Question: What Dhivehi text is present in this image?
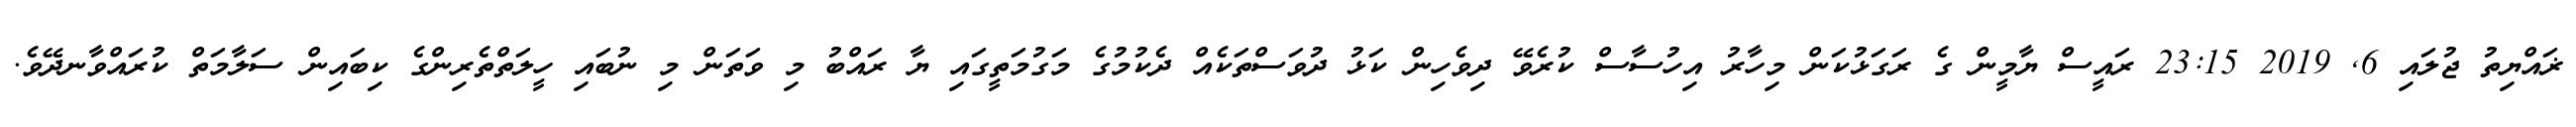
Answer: ޜައްޔިތު ޖުލައި 6, 2019 23:15 ރައީސް ޔާމީން ގެ ރަގަޅުކަން މިހާރު އިހުސާސް ކުރެވޭ ދިވެހިން ކަޅު ދުވަސްތަކެއް ދެކުމުގެ މަގުމަތީގައި ޔާ ރައްބު މި ވަތަން މި ނުބައި ހީލަތްތެރިންގެ ކިބައިން ސަލާމަތް ކުރައްވާނދޭވެ.